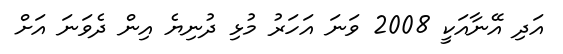
އަދި އޭނާއަކީ 2008 ވަނަ އަހަރު މުޅި ދުނިޔެ އިން ދެވަނަ އަށް